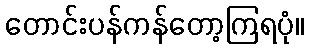
တောင်းပန်ကန်တော့ကြရပုံ။